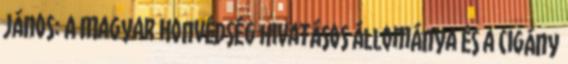
János: A Magyar Honvédség hivatásos állománya és a cigány